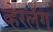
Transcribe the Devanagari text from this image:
व्हेरलॅग